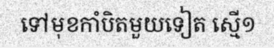
ទៅមុខកាំបិតមួយទៀត ស្មើ១